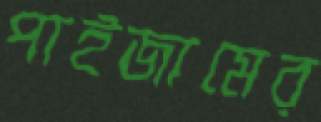
পাইজামের